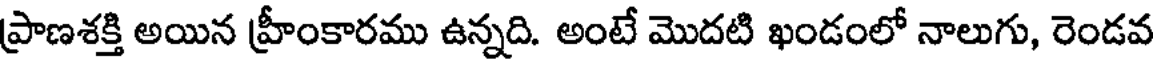
ప్రాణశక్తి అయిన హ్రీంకారము ఉన్నది. అంటే మొదటి ఖండంలో నాలుగు, రెండవ